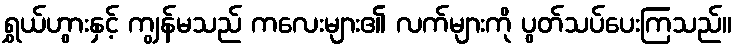
ရွှယ်ဟွားနှင့် ကျွန်မသည် ကလေးများ၏ လက်များကို ပွတ်သပ်ပေးကြသည်။